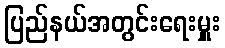
ပြည်နယ်အတွင်းရေးမှူး